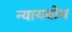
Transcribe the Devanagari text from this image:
न्यायबोध